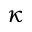
\kappa